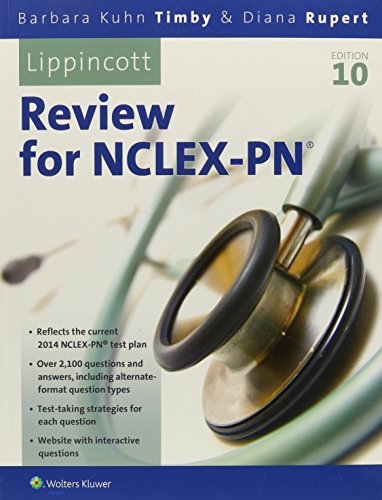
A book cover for Lippincott's Review for NCLEX-PN (Lippincott's State Board Review for Nclex-Pn); Barbara K. Timby RN C  BSN  MA; Test Preparation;